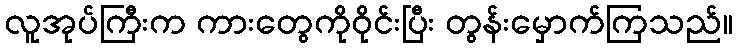
လူအုပ်ကြီးက ကားတွေကိုဝိုင်းပြီး တွန်းမှောက်ကြသည်။